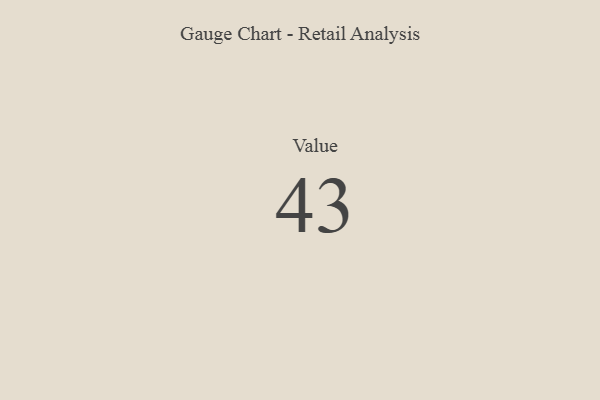
{"axis": {"x": "Metric", "y": "Value"}, "legend": [""], "data": [{"x": "Value", "y": 43, "type": ""}]}